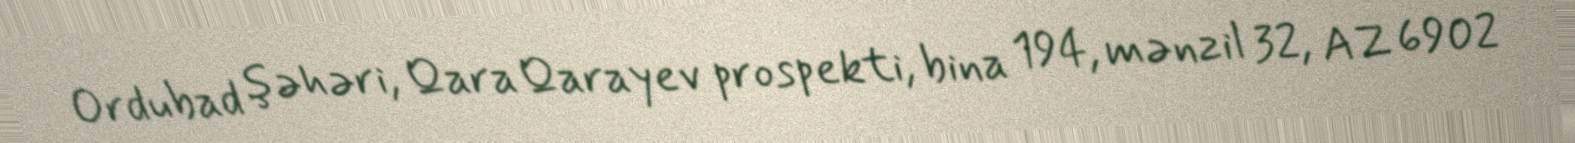
Ordubad şəhəri, Qara Qarayev prospekti, bina 194, mənzil 32, AZ 6902